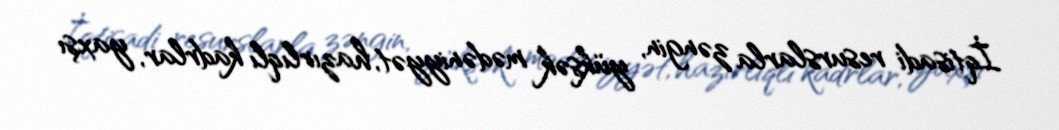
İqtisadi resurslarla zəngin, yüksək mədəniyyət, hazırlıqlı kadrlar, yaxşı